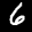
Label: 6